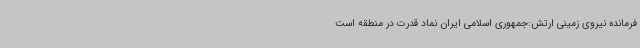
فرمانده نیروی زمینی ارتش:جمهوری اسلامی ایران نماد قدرت در منطقه است